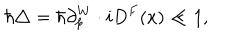
\hbar \triangle = \hbar \partial _ { p } ^ { W } \cdot i D ^ { F } ( x ) \ll 1 ,